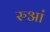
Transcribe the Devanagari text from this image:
रुआं